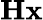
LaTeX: \mathbf{Hx}